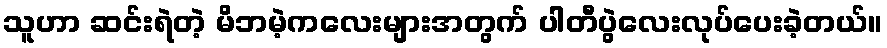
သူဟာ ဆင်းရဲတဲ့ မိဘမဲ့ကလေးများအတွက် ပါတီပွဲလေးလုပ်ပေးခဲ့တယ်။